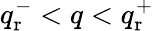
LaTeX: q_{\mathrm{r}}^{-}<q<q_{\mathrm{r}}^{+}